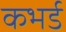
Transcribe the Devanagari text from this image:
कभर्ड